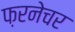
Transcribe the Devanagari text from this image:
फ़रनेचर